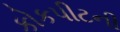
કોકપીટની